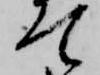
て